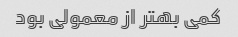
کمی بهتر از معمولی بود